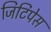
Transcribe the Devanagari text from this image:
जिटिपेस